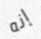
إنه